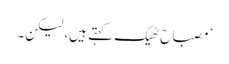
’مصباح ٹھیک کہتے ہیں، لیکن۔